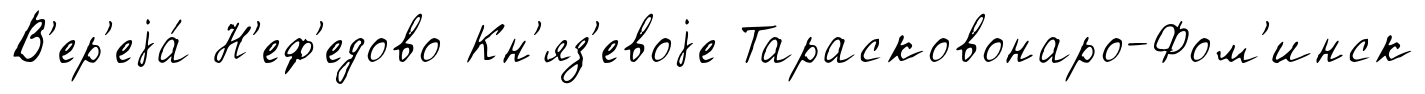
В'ер'еjа́ Н'еф'едово Кн'яз'евоjе Тарасковонаро-Фом'инск